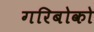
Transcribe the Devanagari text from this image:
गरिबोको